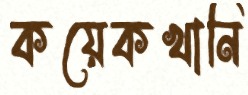
কয়েকখানি